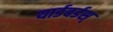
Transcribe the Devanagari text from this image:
यार्डबर्डस्